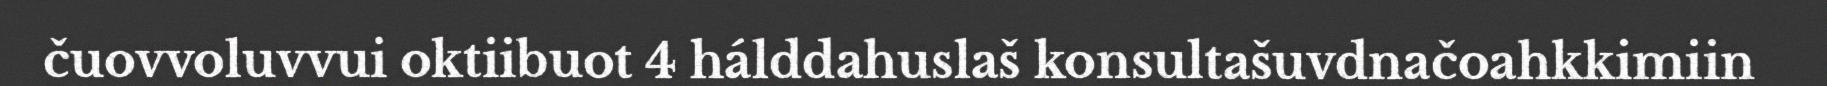
čuovvoluvvui oktiibuot 4 hálddahuslaš konsultašuvdnačoahkkimiin